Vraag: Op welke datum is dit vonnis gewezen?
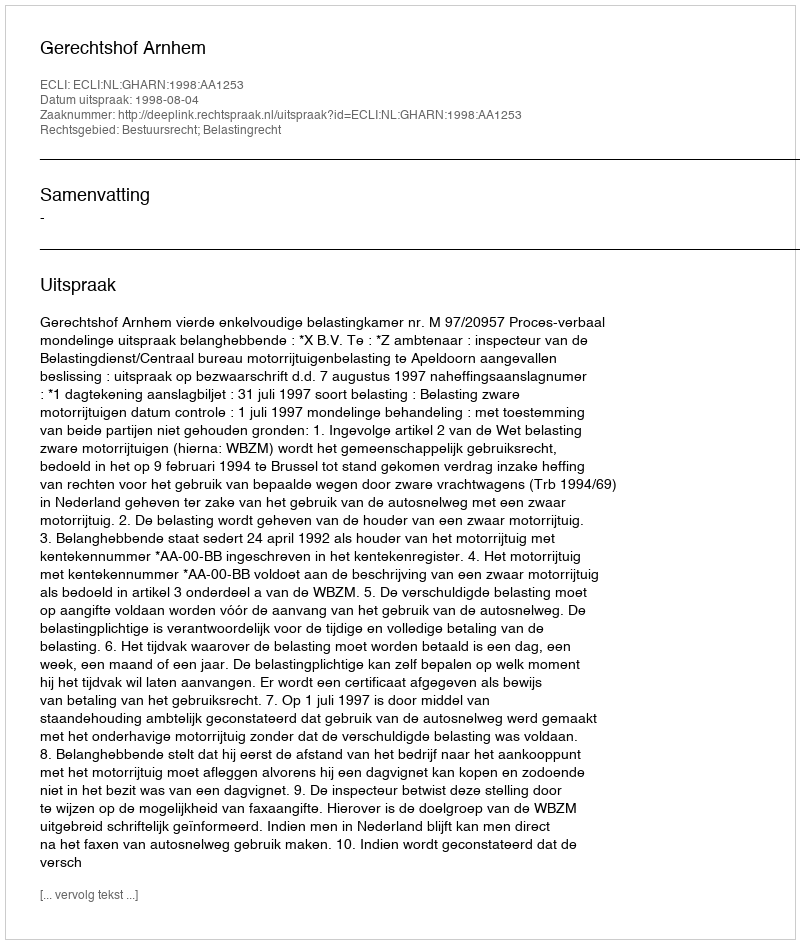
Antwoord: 1998-08-04